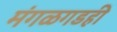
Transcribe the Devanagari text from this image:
मंगळगडही